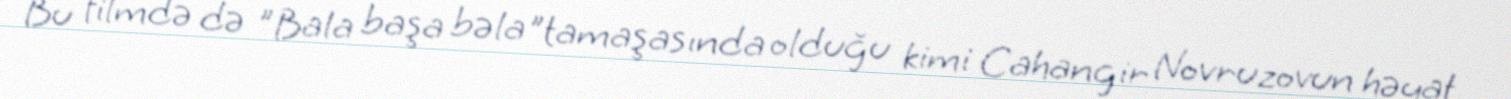
Bu filmdə də "Bala başa bəla"tamaşasında olduğu kimi Cahangir Novruzovun həyat